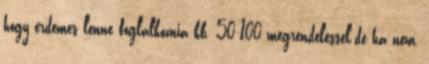
hogy érdemes lenne foglalkoznia kb. 50-100 megrendeléssel.de ha nem,